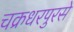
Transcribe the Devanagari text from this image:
चक्रधरपुरसे